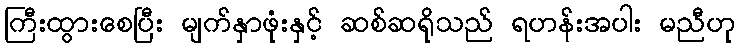
ကြီးထွားစေပြီး မျက်နှာဖုံးနှင့် ဆစ်ဆရိုသည် ရဟန်းအပါး မညီဟု